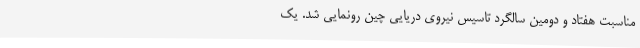
مناسبت هفتاد و دومین سالگرد تاسیس نیروی دریایی چین رونمایی شد. یک